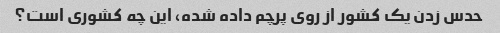
حدس زدن یک کشور از روی پرچم داده شده، این چه کشوری است؟